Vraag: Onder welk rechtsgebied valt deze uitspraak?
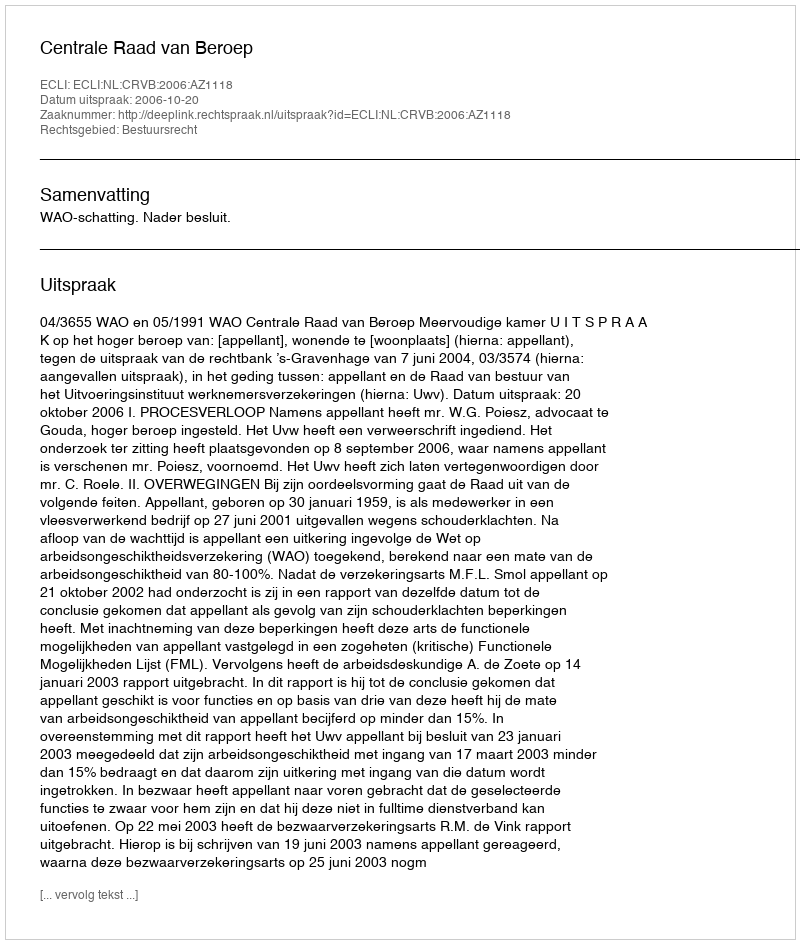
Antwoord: Bestuursrecht